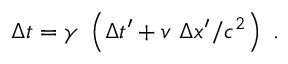
\Delta t = \gamma \ \left( \Delta t ^ { \prime } + v \ \Delta x ^ { \prime } / c ^ { 2 } \right) \ .